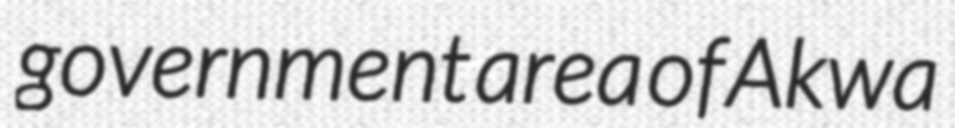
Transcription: government area of Akwa